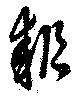
耜